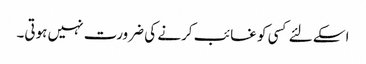
اسکے لئے کسی کو غائب کرنے کی ضرورت نہیں ہوتی۔